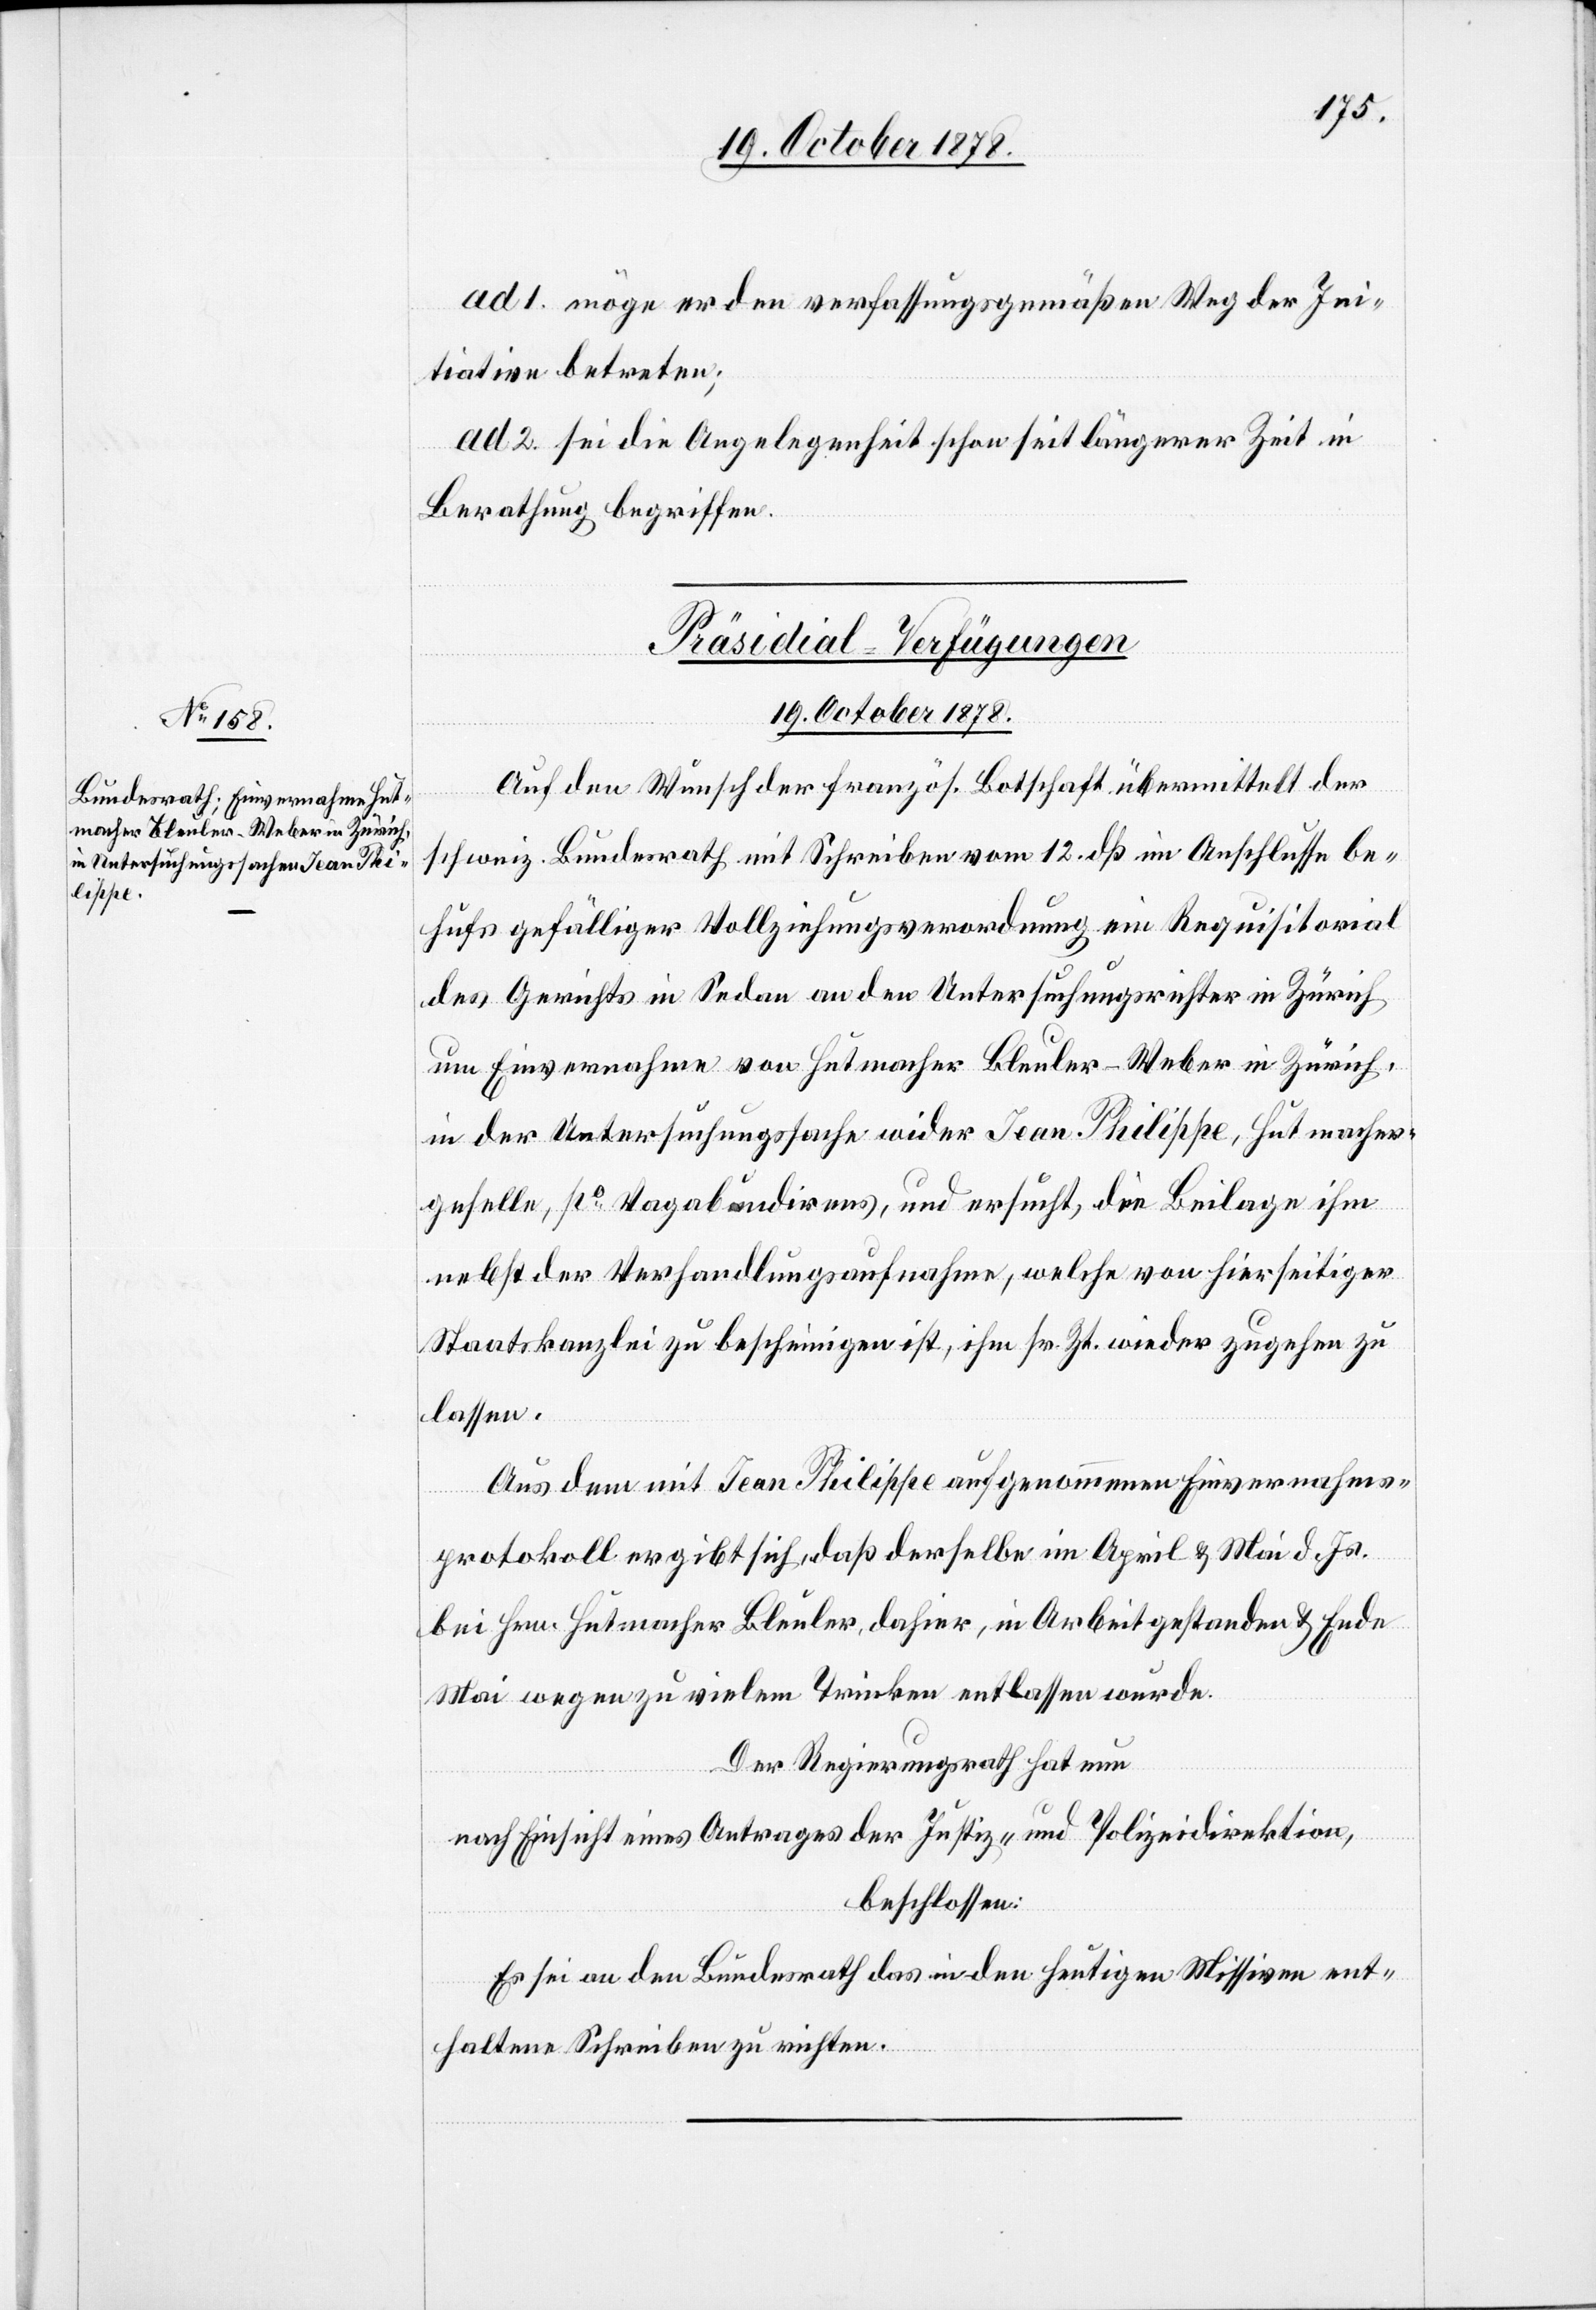
ad 1. möge er den verfassungsgemäßen Weg der Ini¬
tiative betreten;
ad 2. sei die Angelegenheit schon seit längerer Zeit in
Berathung begriffen.
Präsidial-Verfügungen
19. October 1878.
Auf den Wunsch der französ. Botschaft übermittelt der
schweiz. Bundesrath mit Schreiben vom 12. dß im Anschlusse be¬
hufs gefälliger Vollziehungsverordnung ein Requisitorial
des Gerichts in Sedan an den Untersuchungsrichter in Zürich
um Einvernahme von Hutmacher Bleuler-Weber in Zürich,
in der Untersuchungssache wider Jean Philippe, Hutmacher¬
geselle, po Vagabundirens, und ersucht, die Beilage ihm
nebst der Verhandlungsaufnahme, welche von hierseitiger
Staatskanzlei zu bescheinigen ist, ihm sr. Zt. wieder zugehen zu
lassen.
Aus dem mit Jean Philippe aufgenommenen Einvernahms¬
protokoll ergibt sich, daß derselbe im April & Mai d. Js.
bei Hrn. Hutmacher Bleuler, dahier, in Arbeit gestanden & Ende
Mai wegen zu vielem Trinken entlassen wurde.
Der Regierungsrath hat nun
nach Einsicht eines Antrages der Justiz- & Polizeidirektion,
beschlossen:
Es sei an den Bundesrath das in den heutigen Missiven ent¬
haltene Schreiben zu richten.